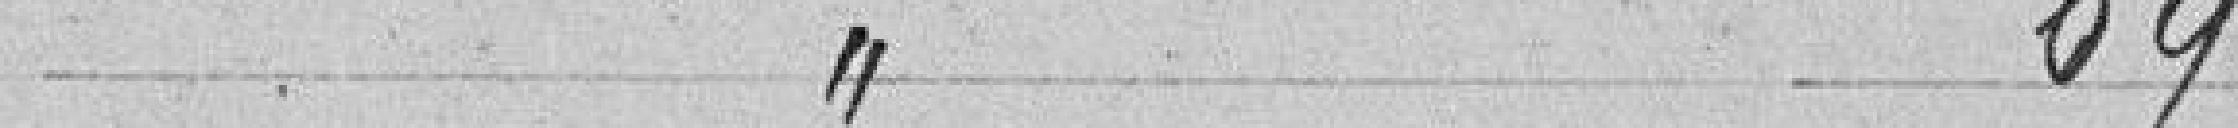
article 69